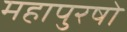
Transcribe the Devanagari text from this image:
महापुरषो